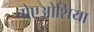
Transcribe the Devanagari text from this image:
बोएओशिया